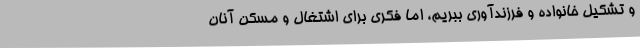
و تشکیل خانواده و فرزندآوری ببریم، اما فکری برای اشتغال و مسکن آنان